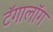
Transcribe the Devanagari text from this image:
टॅगालॉग